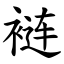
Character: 裢